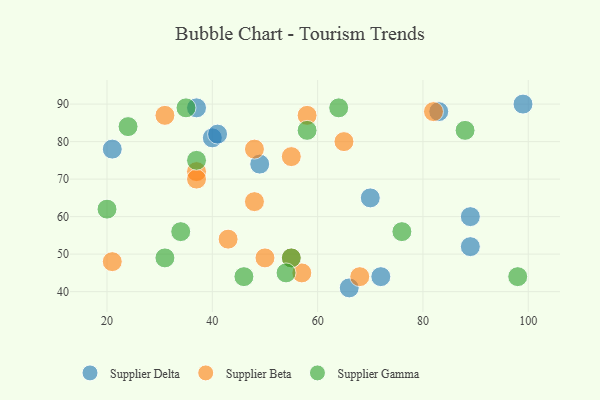
{"axis": {"x": "GDP", "y": "Life Expectancy"}, "legend": ["Supplier Beta", "Supplier Delta", "Supplier Gamma"], "data": [{"x": "99", "y": 90, "type": "Supplier Delta"}, {"x": "89", "y": 60, "type": "Supplier Delta"}, {"x": "70", "y": 65, "type": "Supplier Delta"}, {"x": "89", "y": 52, "type": "Supplier Delta"}, {"x": "49", "y": 74, "type": "Supplier Delta"}, {"x": "66", "y": 41, "type": "Supplier Delta"}, {"x": "72", "y": 44, "type": "Supplier Delta"}, {"x": "40", "y": 81, "type": "Supplier Delta"}, {"x": "21", "y": 78, "type": "Supplier Delta"}, {"x": "83", "y": 88, "type": "Supplier Delta"}, {"x": "41", "y": 82, "type": "Supplier Delta"}, {"x": "37", "y": 89, "type": "Supplier Delta"}, {"x": "57", "y": 45, "type": "Supplier Beta"}, {"x": "68", "y": 44, "type": "Supplier Beta"}, {"x": "65", "y": 80, "type": "Supplier Beta"}, {"x": "58", "y": 87, "type": "Supplier Beta"}, {"x": "50", "y": 49, "type": "Supplier Beta"}, {"x": "37", "y": 72, "type": "Supplier Beta"}, {"x": "48", "y": 64, "type": "Supplier Beta"}, {"x": "48", "y": 78, "type": "Supplier Beta"}, {"x": "55", "y": 76, "type": "Supplier Beta"}, {"x": "82", "y": 88, "type": "Supplier Beta"}, {"x": "21", "y": 48, "type": "Supplier Beta"}, {"x": "55", "y": 49, "type": "Supplier Beta"}, {"x": "37", "y": 70, "type": "Supplier Beta"}, {"x": "31", "y": 87, "type": "Supplier Beta"}, {"x": "43", "y": 54, "type": "Supplier Beta"}, {"x": "58", "y": 83, "type": "Supplier Gamma"}, {"x": "55", "y": 49, "type": "Supplier Gamma"}, {"x": "34", "y": 56, "type": "Supplier Gamma"}, {"x": "64", "y": 89, "type": "Supplier Gamma"}, {"x": "54", "y": 45, "type": "Supplier Gamma"}, {"x": "88", "y": 83, "type": "Supplier Gamma"}, {"x": "24", "y": 84, "type": "Supplier Gamma"}, {"x": "98", "y": 44, "type": "Supplier Gamma"}, {"x": "37", "y": 75, "type": "Supplier Gamma"}, {"x": "46", "y": 44, "type": "Supplier Gamma"}, {"x": "20", "y": 62, "type": "Supplier Gamma"}, {"x": "76", "y": 56, "type": "Supplier Gamma"}, {"x": "35", "y": 89, "type": "Supplier Gamma"}, {"x": "31", "y": 49, "type": "Supplier Gamma"}]}